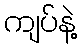
ကျပ်နဲ့